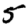
Digit: 5